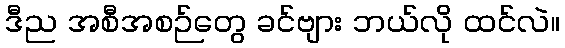
ဒီည အစီအစဉ်တွေ ခင်ဗျား ဘယ်လို ထင်လဲ။